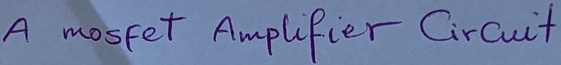
Text: A mosfet Amplifier Circuit